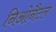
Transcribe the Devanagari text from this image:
निओनैटल